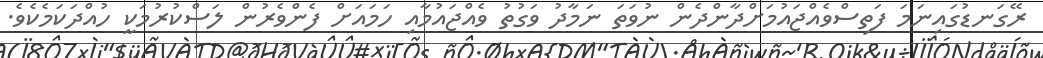
ރޭގަނޑުގައިނަމަ ފަތިސްވެއްޖައުމަށްދާންދެން ނުވަތަ ނަމާދު ވަގުތު ވެއްޖައުމާއި ހަމައަށް ފެންވެރުން ލަސްކުރުމަކީ ހުއްދަކަމެކެވެ.